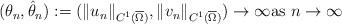
LaTeX: \begin{align*}\begin{array}{c}(\theta _{n},\hat{\theta}_{n}):=(\Vert u_{n}\Vert _{C^{1}(\overline{\Omega })},\Vert v_{n}\Vert _{C^{1}(\overline{\Omega })})\rightarrow \infty \text{as }n\rightarrow \infty \end{array}\end{align*}